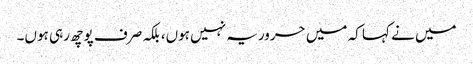
میں نے کہا کہ میں حروریہ نہیں ہوں، بلکہ صرف پوچھ رہی ہوں۔